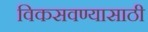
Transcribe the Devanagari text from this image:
विकसवण्यासाठी